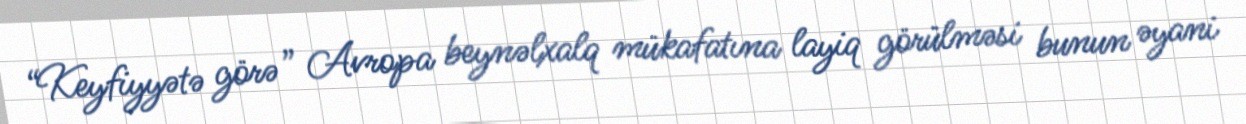
“Keyfiyyətə görə” Avropa beynəlxalq mükafatına layiq görülməsi bunun əyani